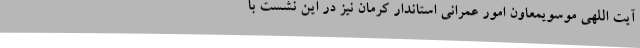
آیت اللهی موسویمعاون امور عمرانی استاندار کرمان نیز در این نشست با